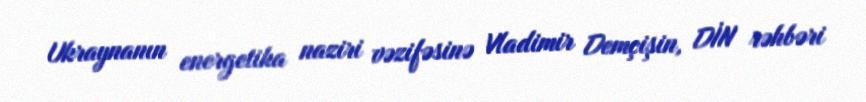
Ukraynanın energetika naziri vəzifəsinə Vladimir Demçişin, DİN rəhbəri